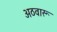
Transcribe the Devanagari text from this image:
अठवारू